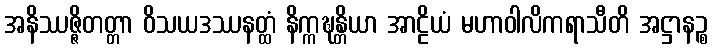
အနိဿဇ္ဇိတတ္တာ ဝိသယဒဿနတ္ထံ နိက္ကဍ္ဎန္တိယာ အာဠိယံ မဟာဝါလိကရာသီတိ အဋ္ဌာနဉ္စ